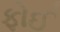
ફોઈ